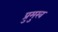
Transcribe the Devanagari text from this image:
प्रुमुख